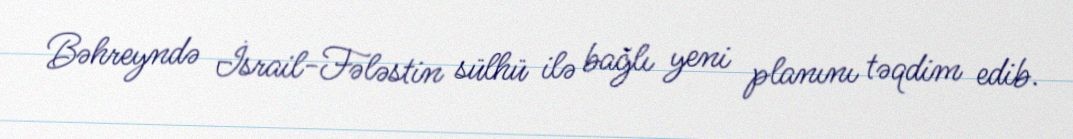
Bəhreyndə İsrail-Fələstin sülhü ilə bağlı yeni planını təqdim edib.